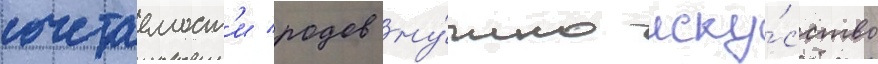
сочетаемост'и родов ну́жно иску́сство